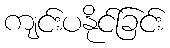
ကျင်းပနိုင်ခြင်း